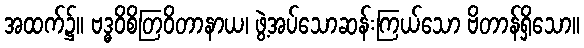
အထက်၌။ ဗဒ္ဓဝိစိတြဝိတာနာယ၊ ဖွဲ့အပ်သောဆန်းကြယ်သော ဗိတာန်ရှိသော။